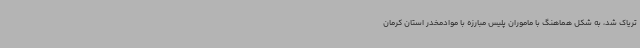
تریاک شد، به شکل هماهنگ با ماموران پلیس مبارزه با موادمخدر استان کرمان